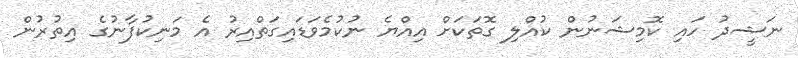
ނަޝީދު ހައި ކޮމިޝަނުން ކުއްލި ގޮތަކަށް އިއްޔެ ނުކުމެވަޑައިގަތްއިރު އެ މަނިކުފާނުގެ އިތުރުން